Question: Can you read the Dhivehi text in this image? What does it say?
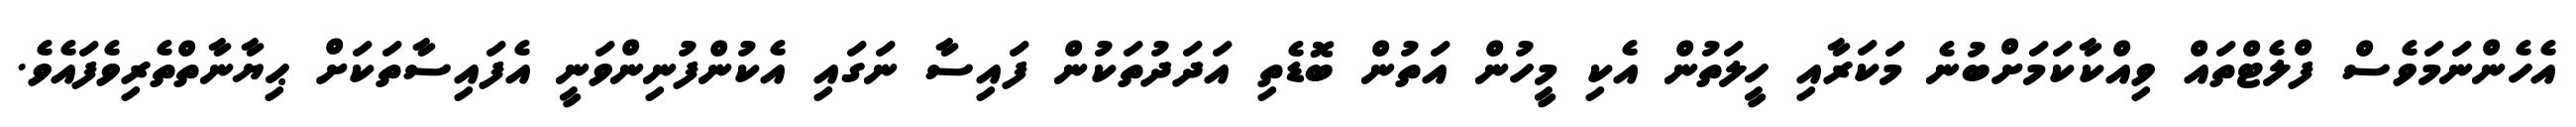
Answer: އެހެންނަމަވެސް ފްލެޓްތައް ވިއްކާކަމަށްބުނެ މަކަރާއި ހީލަތުން އެކި މީހުން އަތުން ބޮޑެތި އަދަދުތަކުން ފައިސާ ނަގައި އެކުންފުނިންވަނީ އެފައިސާތަކަށް ޙިޔާނާތްތެރިވެފައެވެ.